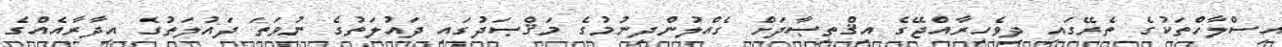
އިސްލާހްތަކުގެ ތެރޭގައި ދިވެހިރާއްޖޭގެ އިޤްތިޞާދަށް ގެއްލުންދިނުމުގެ މަޤްޞަދުގައި ދައުލަތުގެ ނުވަތަ ދައުލަތުގެ އިދާރާއެއްގެ